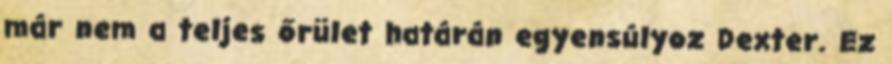
már nem a teljes őrület határán egyensúlyoz Dexter. Ez